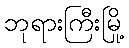
ဘုရားကြီးမြို့